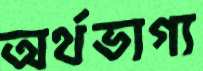
অর্থভাগ্য